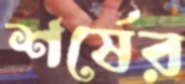
শর্ষের